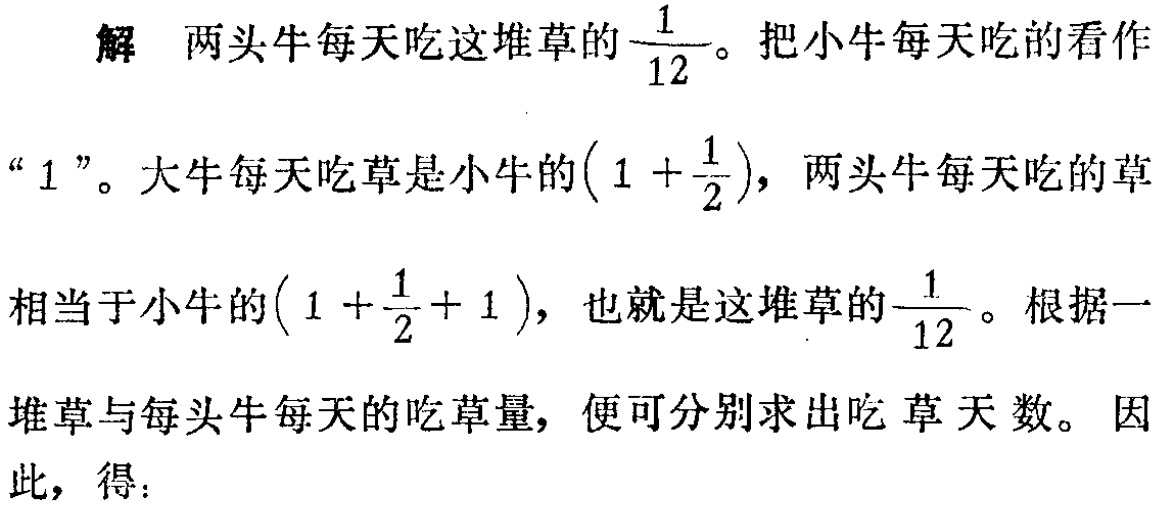
解 两头牛每天吃这堆草的$\dfrac{1}{12}$。把小牛每天吃的看作“$1$”。大牛每天吃草是小牛的$\left(1+\dfrac{1}{2}\right)$，两头牛每天吃的草相当于小牛的$\left(1+\dfrac{1}{2}+1\right)$，也就是这堆草的$\dfrac{1}{12}$。根据一堆草与每头牛每天的吃草量，便可分别求出吃草天数。因此，得：